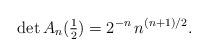
LaTeX: \begin{align*}\det A_n({\textstyle\frac12}) = 2^{-n}\,n^{(n+1)/2}.\end{align*}